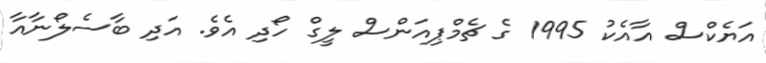
އަޔެކްސް އާއެކު 1995 ގެ ޗެމްޕިއަންސް ލީގް ހޯދި އެވެ. އަދި ބާސެލޯނާއާ